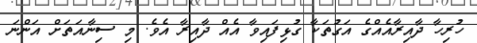
ހުރިހާ ދާއިރާއެއްގެ އަގުތަކާ ގުޅިފައިވާ އެއް ދާއިރާ އެވެ. މި ސިނާއަތަށް އަންނަ